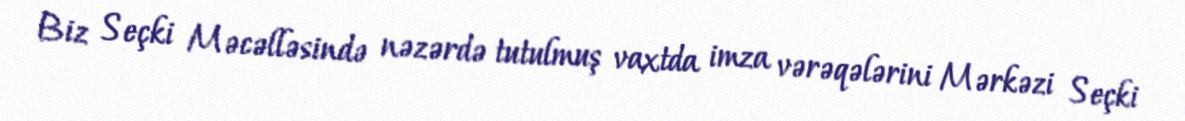
Biz Seçki Məcəlləsində nəzərdə tutulmuş vaxtda imza vərəqələrini Mərkəzi Seçki